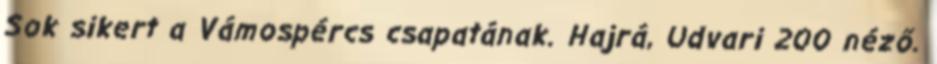
Sok sikert a Vámospércs csapatának. Hajrá, Udvari 200 néző.